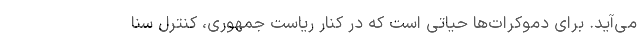
می‌آید. برای دموکرات‌ها حیاتی است که در کنار ریاست جمهوری، کنترل سنا